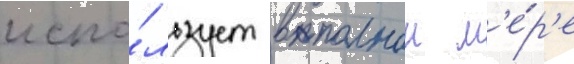
испо́льзует в полнои м'е́р'е